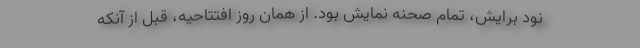
نود برایش، تمام صحنه نمایش بود. از همان روز افتتاحیه، قبل از آنکه